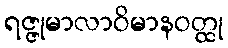
ရဇ္ဇုမာလာဝိမာနဝတ္ထု